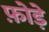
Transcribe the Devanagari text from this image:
फ़ोड़े